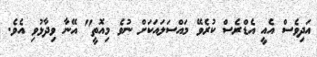
އަދިވެސް އެއީ އެޑްރެސް ކުރެވޭ މައްސަލައަކަށް ނުވެ މިއޮތީ" އޭނާ ވިދާޅުވި އެވެ.